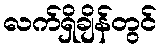
လက်ရှိချိန်တွင်